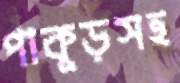
পাকুড়সহ